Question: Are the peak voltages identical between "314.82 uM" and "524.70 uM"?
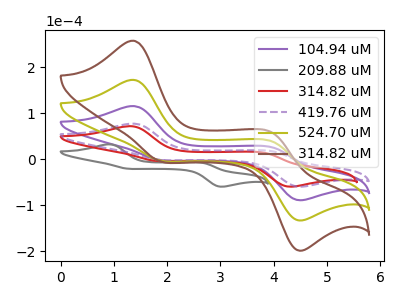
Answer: <think>The purple curve "104.94 uM" has anodic peaks at (1.35V, 115.40uA) (3.95V, 25.85uA) and cathodic peaks at (1.85V, -1.95uA) (4.45V, -88.20uA). The gray curve "209.88 uM" has anodic peaks at (0.90V, 32.35uA) (2.65V, -7.95uA) and cathodic peaks at (1.25V, -20.50uA) (3.00V, -59.30uA). The red curve "314.82 uM" has anodic peaks at (1.30V, 71.80uA) (3.80V, 14.25uA) and cathodic peaks at (1.80V, -3.65uA) (4.25V, -59.10uA). The purple dashed curve "419.76 uM" has anodic peaks at (1.35V, 77.30uA) (3.95V, 17.35uA) and cathodic peaks at (1.85V, -1.30uA) (4.45V, -59.05uA). The olive curve "524.70 uM" has anodic peaks at (1.35V, 230.85uA) (3.95V, 51.75uA) and cathodic peaks at (1.85V, -3.95uA) (4.45V, -176.40uA). The brown curve "314.82 uM" has anodic peaks at (1.35V, 346.25uA) (3.95V, 77.60uA) and cathodic peaks at (1.85V, -5.90uA) (4.45V, -264.60uA).</think>
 <answer>Yes, "314.82 uM" have a peak in "524.70 uM" at the same potential.</answer>
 <eval>match</eval>